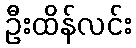
ဦးထိန်လင်း